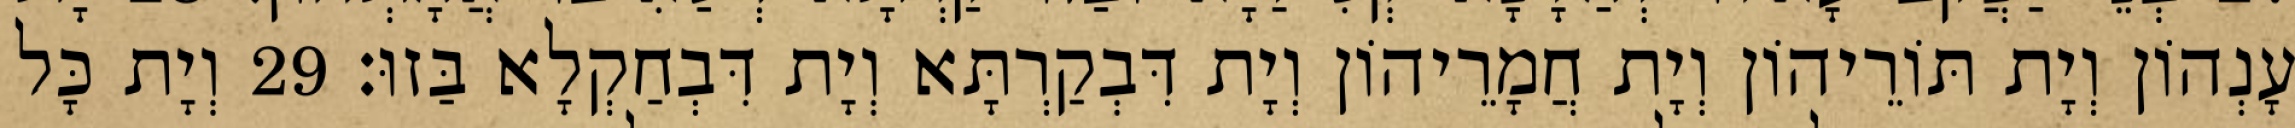
עָנְהוֹן וְיָת תּוֹרֵיהוֹן וְיָת חֲמָרֵיהוֹן וְיָת דִּבְקַרְתָּא וְיָת דִּבְחַקְלָא בַּזוּ׃ 29 וְיָת כָּל